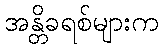
အန္တိခရစ်များက